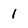
Character: 1